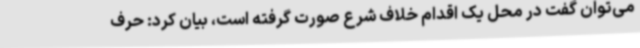
می‌توان گفت در محل یک اقدام خلاف شرع صورت گرفته است، بیان کرد: حرف